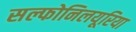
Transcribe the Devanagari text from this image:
सल्फोनिलयूरिया